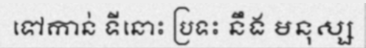
ទៅកាន់ ទីនោះ ប្រទះ នឹង មនុស្ស